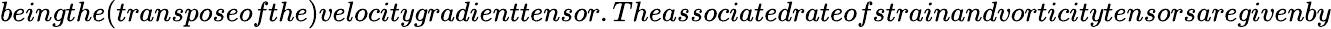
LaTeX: beingthe(transposeofthe)velocitygradienttensor.Theassociatedrateofstrainandvorticitytensorsaregivenby